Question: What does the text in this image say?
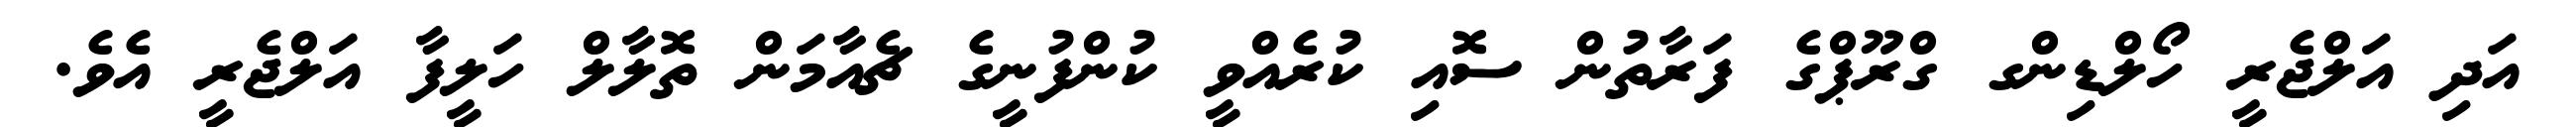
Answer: އަދި އަލްޖެރީ ހޯލްޑިންގ ގްރޫޕްގެ ފަރާތުން ސޮއި ކުރެއްވީ ކުންފުނީގެ ޗެއާމަން ތޮލާލް ހަލީފާ އަލްޖެރީ އެވެ.